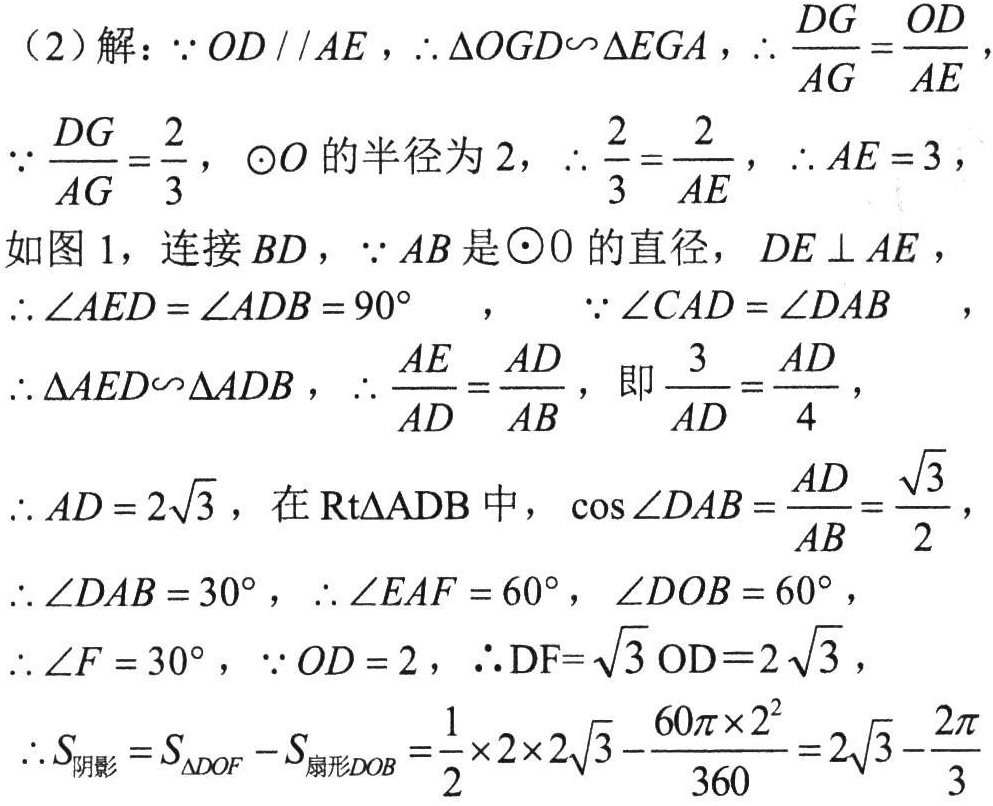
(2) 解：\(\because OD\parallel AE\)，\(\therefore \triangle  OGD\sim\triangle EGA\)，\(\therefore \frac{DG}{AG}=\frac{OD}{AE}\)，
\(\because \frac{DG}{AG}=\frac{2}{3}\)，\(\odot O\) 的半径为 \(2\)，\(\therefore \frac{2}{3}=\frac{2}{AE}\)，\(\therefore AE = 3\)，
如图 1，连接 \(BD\)，\(\because AB\) 是 \(\odot O\) 的直径，\(DE\perp AE\)，
\(\therefore \angle AED=\angle ADB = 90^{\circ}\) ， \(\because \angle CAD=\angle DAB\) ，
\(\therefore \triangle AED\sim\triangle ADB\)，\(\therefore \frac{AE}{AD}=\frac{AD}{AB}\)，即 \(\frac{3}{AD}=\frac{AD}{4}\)，
\(\therefore AD = 2\sqrt{3}\)，在 \(\text{Rt}\triangle ADB\) 中，\(\cos\angle DAB=\frac{AD}{AB}=\frac{\sqrt{3}}{2}\)，
\(\therefore \angle DAB = 30^{\circ}\)，\(\therefore \angle EAF = 60^{\circ}\)，\(\angle DOB = 60^{\circ}\)，
\(\therefore \angle F = 30^{\circ}\)，\(\because OD = 2\)，\(\therefore DF = \sqrt{3}OD=2\sqrt{3}\)，
\(\therefore S_{阴影}=S_{\triangle DOF}-S_{扇形DOB}=\frac{1}{2}\times2\times2\sqrt{3}-\frac{60\pi\times2^{2}}{360}=2\sqrt{3}-\frac{2\pi}{3}\)